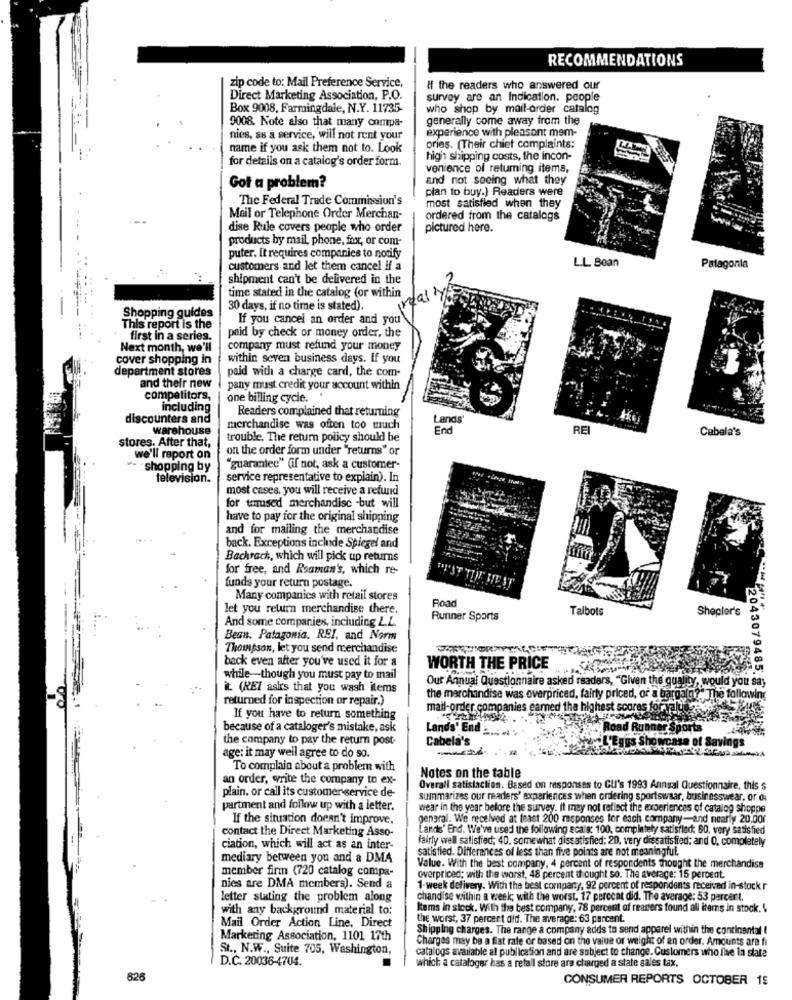
RECOMMENDATIONS
zip code to: Mail Preference Service,
if the readers who answered our
Direct Marketing Association, P.O.
survey are an Indication, people
Box 9008, Farmingdale, N.Y. 11735-
who shop by mail-order catalog
9008. Note also that many compa-
generally come away from the
experience with pleasant mem-
nies, as a service, will not rent your
name if you ask them not to. Look
ories. (Their chiet complaints:
for details on a catalog's order form.
high shipping costs, the incon-
venience of retuming items,
and not seeing what they
Got a problem?
plan to buy.) Readers were
The Federal Trade Commission's
most satisfied when they
Mail or Telephone Order Merchan-
ordered from the catalogs
dise Rule covers people who order
pictured here.
products by mail, phone, fax, or com-
puter. It requires companies to notify
customers and let them cancel if a
L.L. Bean
Patagonia
shipment can't be delivered in the
real y
time stated in the catalog for within
30 days, if no time is stated).
Shopping guides
If you cancel an order and you
This report is the
paid by check or money order, the
first in a series.
Next month, we'll
company must refund your money
cover shopping in
within seven business days. If you
department stores
paid with a charge card, the com-
and their new
pany must credit your account within
competitors,
one billing cycle. '
including
Readers complained that returning
discounters and
Lands'
warehouse
merchandise was often too much
End
RE
Cabela's
trouble. The return policy should be
stores. After that,
on the order form under "returns" or
we'll report on
shopping by
"guarantee" (if not, ask a customer-
television.
service representative to explain). In
most cases, you will receive a refund
for tarused merchandise -but will
have to pay for the original shipping
and for mailing the merchandise
back. Exceptions include Spiegel and
Bachrach, which will pick up returns
for free, and Roaman's, which re-
funds your return postage.
Many companies with retail stores
Road
let you return merchandise there.
Talbots
Shepler's
And some companies, including LL.
Runner Sports
Bean. Patagonia. REI, and Norm
Thompson, let you send merchandise
back even after you've used it for a
WORTH THE PRICE
while-though you must pay to mail
Out Annual Questionnaire asked rsaders, "Given the quality, would you say
2043079485.
it. (REI asks that you wash items
returned for inspection or repair.)
the marchandise was overpriced, fairly priced, or a bargain?" The following
mail-order companies earned the highest scores for-
If you have to return something
because of a cataloger's mistake, ask
Lands' End ...
ad Rut
Sport
the company to pay the return post-
Cabela's
Eggs S
owcase of Savings
age: it may well agree to do so.
To complain about a problem with
an order, write the company to ex-
Notes on the table
plain. or call its customer service de-
Overall satisfaction. Based on responses to GU's 1993 Annual Questionnaire, this s
summarizes our readers' experiences when ordering sportswaar, businesswear, or ou
partment and follow up with a letter.
wear in the year before the survey. it may not reflect the experiences of catalog shoppe
If the situation doesn't improve.
gengral. We received at least 200 responses for each company
contact the Direct Marketing Asso-
Lands' End. We've used the following scala: 100, completely satisfied; 60, very satisfied
fairly well satisfied; 40, somewhat dissatisfied; 20, very dissatisfied: and 0, completely
ciation, which will act as an inter-
satisfied. Differences of less than five points are not meaningful.
mediary between you and a DMA
member firm (720 catalog compa-
Value. With the best company. 4 percent of respondents thought the merchandise
overpriced; with the worst, 48 percent thought so. The average: 15 percent.
nies are DMA members). Send a
1-week delivery. With the best company, 92 percent of respondents received in-stock r
letter stating the problem along
chandise within a week; with the worst. 17 percent did. The average: 53 percent.
with any background material to:
Items in stock. With the best company, 78 percent of readers found all items in stock.
the worst, 37 percert did. The average: 63 percent.
Mail Order Action Line, Direct
Shipping charges. The range a company adds to send apparel within the continental !
Marketing Association, 1101 17th
Charges may be a flat rate or based on the value or weight of an order. Amounts are fi
St ., N.W ., Suite 705, Washington,
catalogs available al publication and are subject to change. Customers who live la state
D.C. 20036-4704.
which a cataloger has a retail store are charged a state sales tax.
826
CONSUMER REPORTS OCTOBER 19